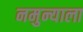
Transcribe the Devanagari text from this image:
नमुन्याला